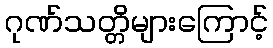
ဂုဏ်သတ္တိများကြောင့်